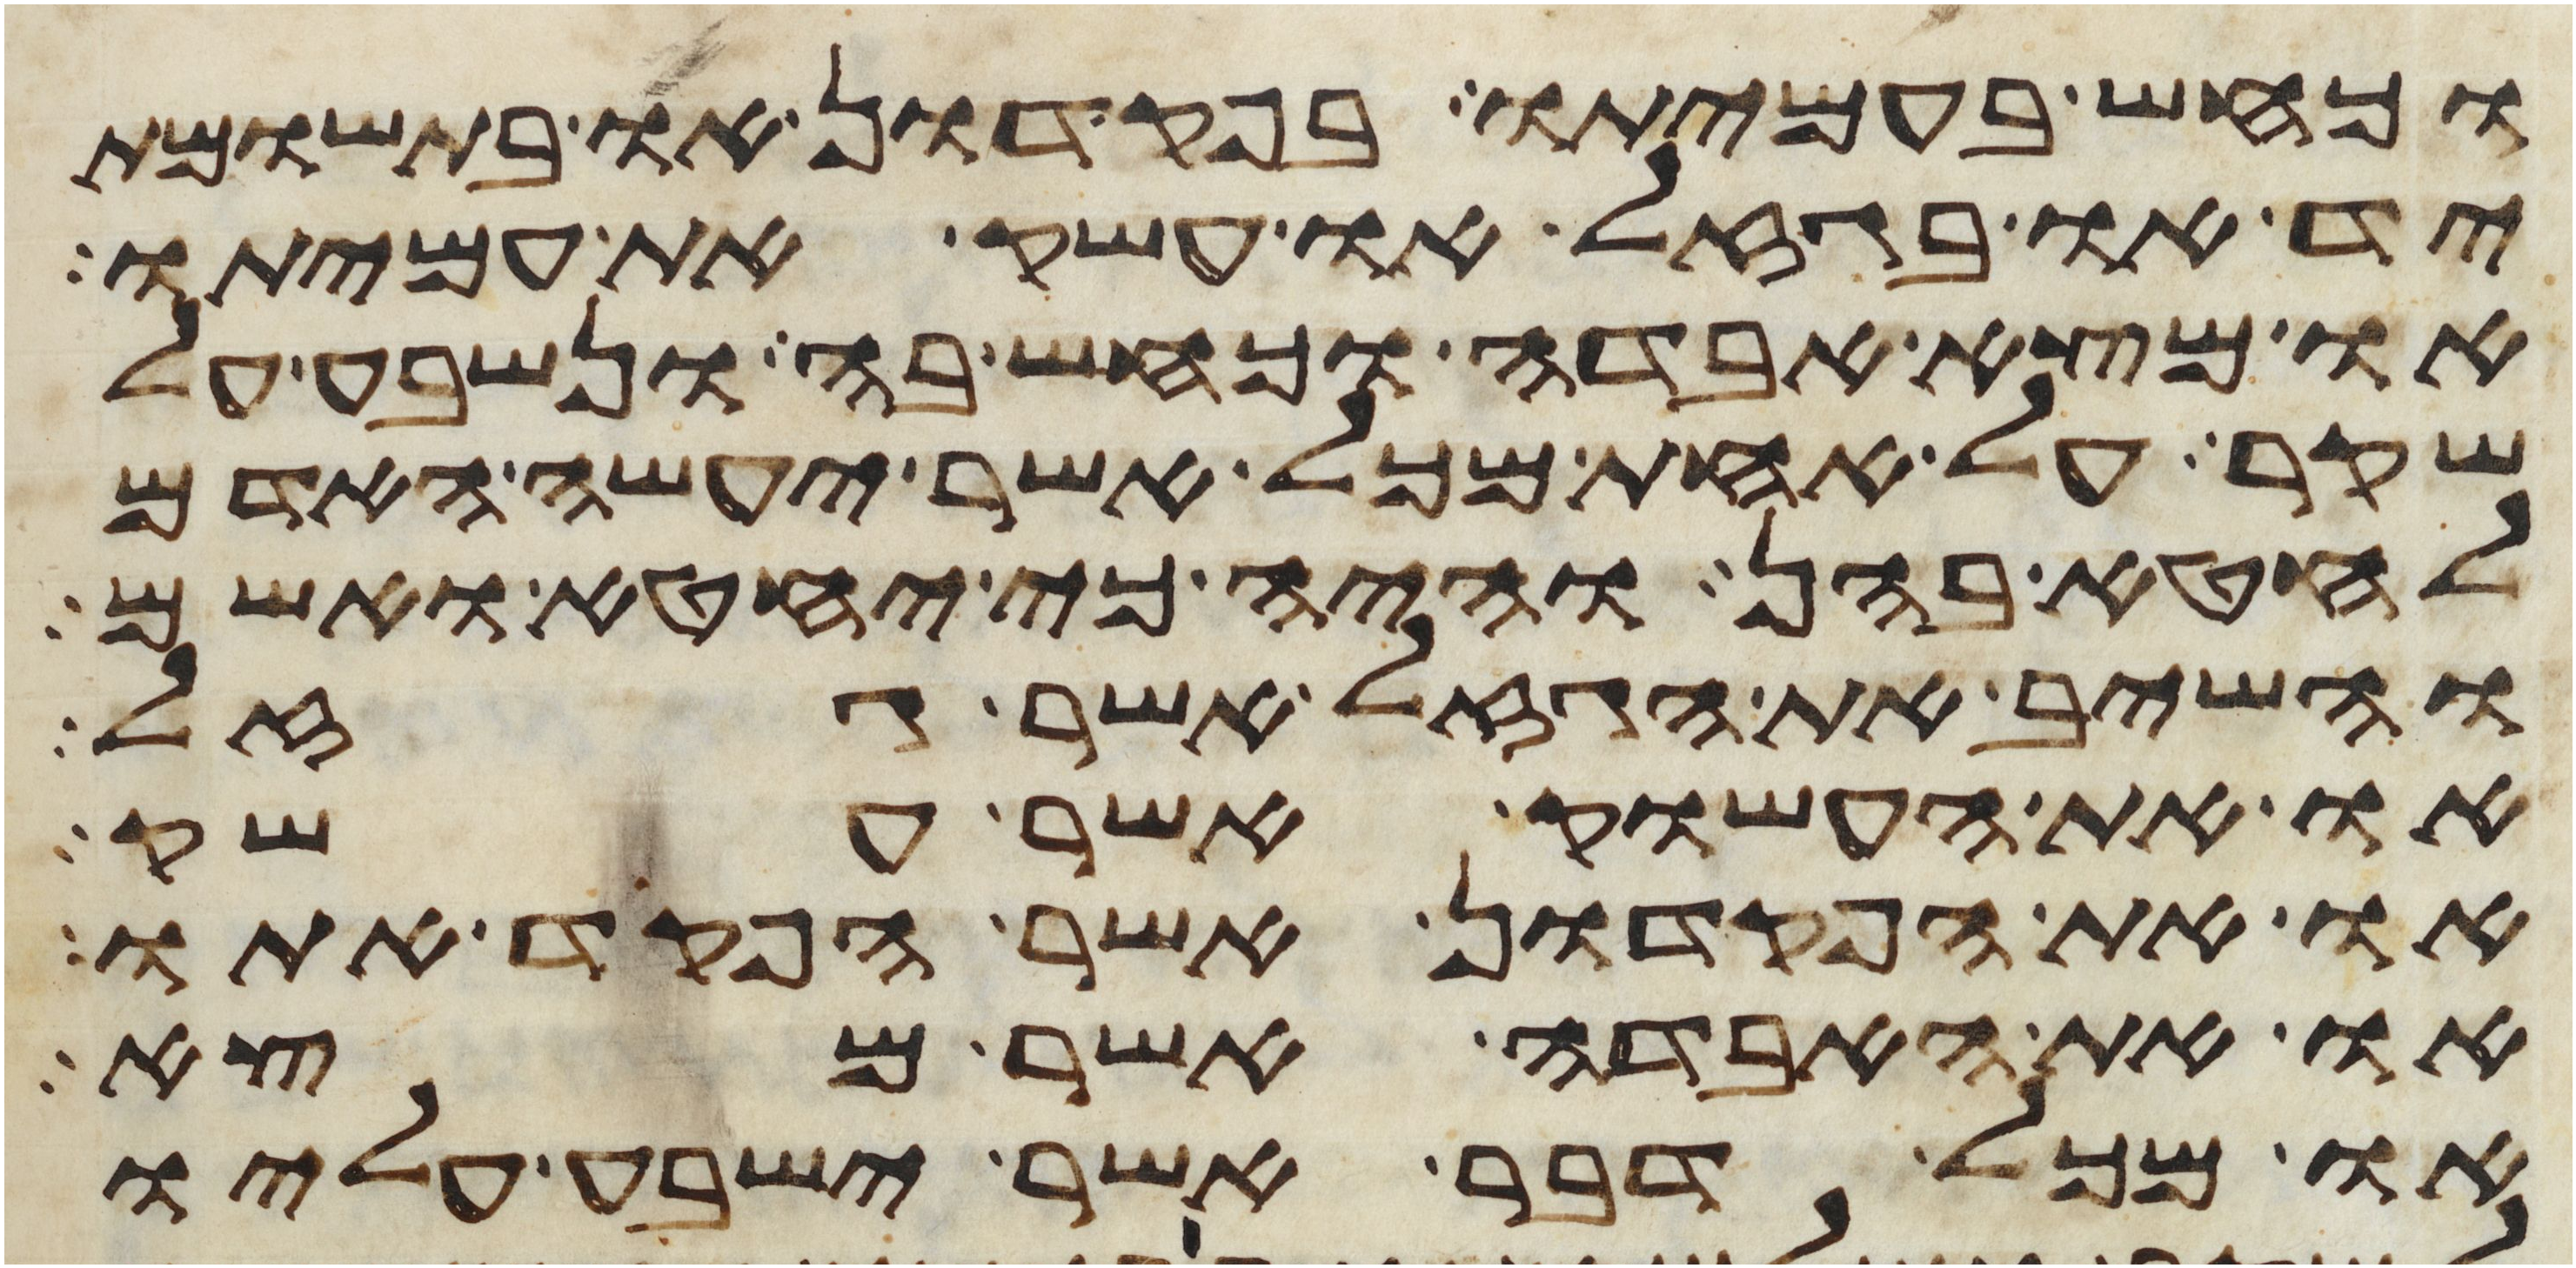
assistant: וכחש בעמיתו בפקדון או בתשומת
יד או בגזל או עשק את עמיתו
או מצא אבדה וכחש בה ונשבע על
שקר על אחת מכל אשר יעשה האדם
לחטא בהן והיה כי יחטא ואשם
והשיב את הגזל אשר גזל
או את העשוק אשר עשק
או את הפקדון אשר הפקד אתו
או את האבדה אשר מצא
או מכל דבר אשר ישבע עליו